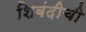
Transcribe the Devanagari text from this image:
शिबंदीची